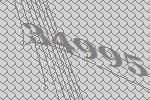
34995